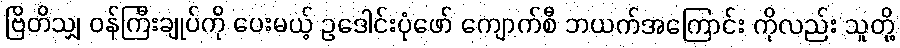
ဗြိတိသျှ ဝန်ကြီးချုပ်ကို ပေးမယ့် ဥဒေါင်းပုံဖော် ကျောက်စီ ဘယက်အကြောင်း ကိုလည်း သူတို့